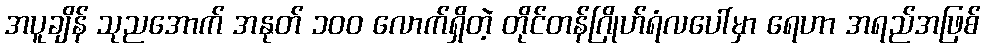
အပူချိန် သုညအောက် အနုတ် ၁၀၀ လောက်ရှိတဲ့ တိုင်တန်ဂြိုဟ်ရံလပေါ်မှာ ရေဟာ အရည်အဖြစ်